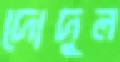
দোদুল